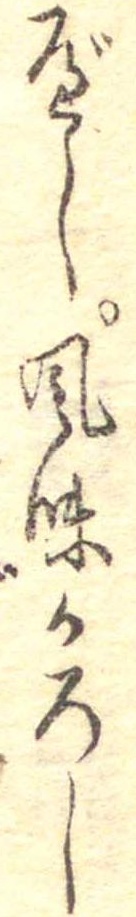
べし風味かろし